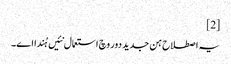
[2]
یہ اصطلاح ہن جدید دور وچ استعمال نئیں ہُندا ا‏‏ے۔